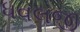
ધવલજી